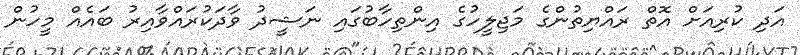
އަދި ކުރިއަށް އޮތް ރައްޔިތުންގެ މަޖިލީހުގެ އިންތިހާބުގައި ނަޝީދު ވާދަކުރައްވާއިރު ބައެއް މީހުން